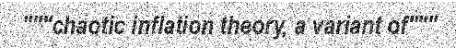
"""chaotic inflation theory, a variant of"""